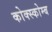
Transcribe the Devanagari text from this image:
कोक्स्कोम्ब